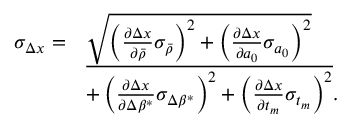
\begin{array} { r l } { \sigma _ { \Delta x } = } & { \sqrt { \left( \frac { \partial \Delta x } { \partial \bar { \rho } } \sigma _ { \bar { \rho } } \right) ^ { 2 } + \left( \frac { \partial \Delta x } { \partial a _ { 0 } } \sigma _ { a _ { 0 } } \right) ^ { 2 } } } \\ & { \overline { { + \left( \frac { \partial \Delta x } { \partial \Delta \beta ^ { * } } \sigma _ { \Delta \beta ^ { * } } \right) ^ { 2 } + \left( \frac { \partial \Delta x } { \partial t _ { m } } \sigma _ { t _ { m } } \right) ^ { 2 } } } . } \end{array}